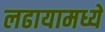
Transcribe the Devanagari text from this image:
लढायामध्ये